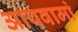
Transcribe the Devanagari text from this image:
आपवामां